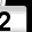
Digit: 2